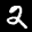
Label: 2